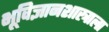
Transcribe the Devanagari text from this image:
भूविज्ञानशास्त्राला